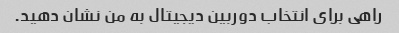
راهی برای انتخاب دوربین دیجیتال به من نشان دهید.